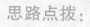
思路点拨：